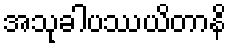
အသုခါပဿယိတာနိ